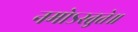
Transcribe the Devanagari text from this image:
नमोऽस्तुते॥